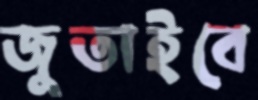
জুতাইবে